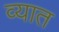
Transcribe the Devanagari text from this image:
व्यात